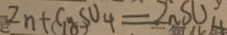
Z n + C u S O _ { 4 } = Z n S O _ { 4 }